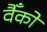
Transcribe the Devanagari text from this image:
वैँको